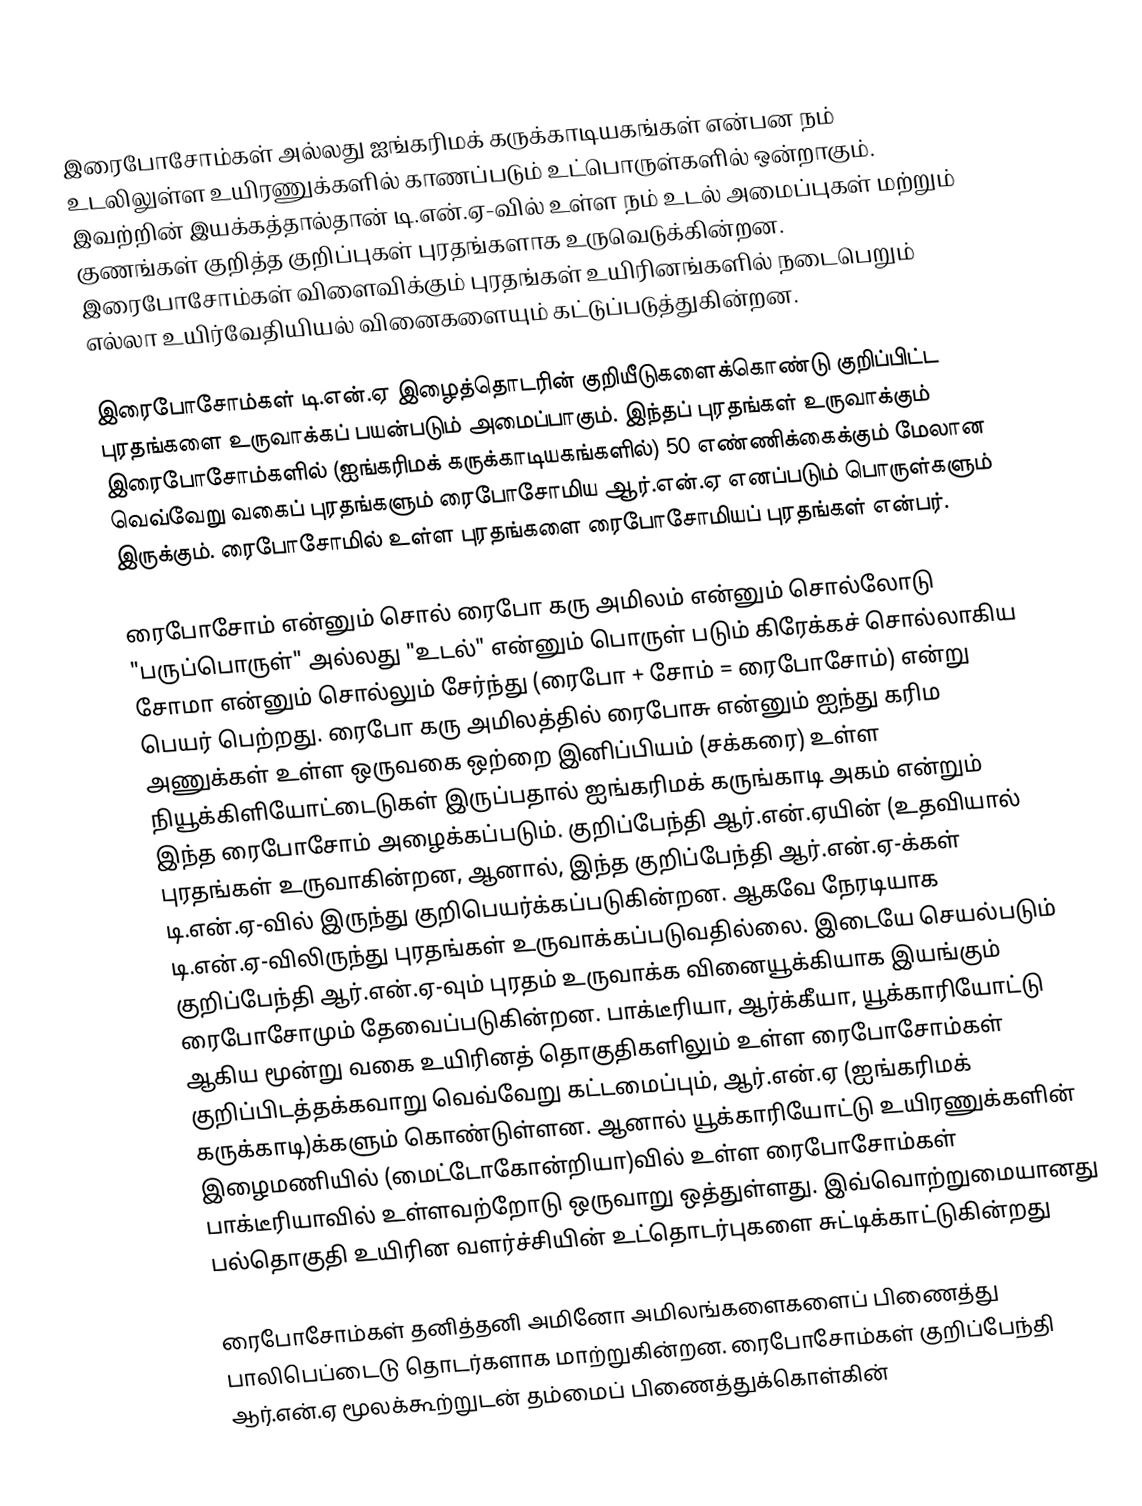
இரைபோசோம்கள் அல்லது ஐங்கரிமக் கருக்காடியகங்கள் என்பன நம் உடலிலுள்ள உயிரணுக்களில் காணப்படும் உட்பொருள்களில் ஒன்றாகும். இவற்றின் இயக்கத்தால்தான் டி.என்.ஏ-வில் உள்ள நம் உடல் அமைப்புகள் மற்றும் குணங்கள் குறித்த குறிப்புகள் புரதங்களாக உருவெடுக்கின்றன. இரைபோசோம்கள் விளைவிக்கும் புரதங்கள் உயிரினங்களில் நடைபெறும் எல்லா உயிர்வேதியியல் வினைகளையும் கட்டுப்படுத்துகின்றன.

இரைபோசோம்கள் டி.என்.ஏ இழைத்தொடரின் குறியீடுகளைக்கொண்டு குறிப்பிட்ட புரதங்களை உருவாக்கப் பயன்படும் அமைப்பாகும். இந்தப் புரதங்கள் உருவாக்கும் இரைபோசோம்களில் (ஐங்கரிமக் கருக்காடியகங்களில்) 50 எண்ணிக்கைக்கும் மேலான வெவ்வேறு வகைப் புரதங்களும் ரைபோசோமிய ஆர்.என்.ஏ எனப்படும் பொருள்களும் இருக்கும். ரைபோசோமில் உள்ள புரதங்களை ரைபோசோமியப் புரதங்கள் என்பர்.

ரைபோசோம் என்னும் சொல் ரைபோ கரு அமிலம் என்னும் சொல்லோடு "பருப்பொருள்" அல்லது "உடல்" என்னும் பொருள் படும் கிரேக்கச் சொல்லாகிய சோமா என்னும் சொல்லும் சேர்ந்து (ரைபோ + சோம் = ரைபோசோம்) என்று பெயர் பெற்றது. ரைபோ கரு அமிலத்தில் ரைபோசு என்னும் ஐந்து கரிம அணுக்கள் உள்ள ஒருவகை ஒற்றை இனிப்பியம் (சக்கரை) உள்ள நியூக்கிளியோட்டைடுகள் இருப்பதால் ஐங்கரிமக் கருங்காடி அகம் என்றும் இந்த ரைபோசோம் அழைக்கப்படும். குறிப்பேந்தி ஆர்.என்.ஏயின் (உதவியால் புரதங்கள் உருவாகின்றன, ஆனால், இந்த குறிப்பேந்தி ஆர்.என்.ஏ-க்கள் டி.என்.ஏ-வில் இருந்து குறிபெயர்க்கப்படுகின்றன. ஆகவே நேரடியாக டி.என்.ஏ-விலிருந்து புரதங்கள் உருவாக்கப்படுவதில்லை. இடையே செயல்படும் குறிப்பேந்தி ஆர்.என்.ஏ-வும் புரதம் உருவாக்க வினையூக்கியாக இயங்கும் ரைபோசோமும் தேவைப்படுகின்றன. பாக்டீரியா, ஆர்க்கீயா, யூக்காரியோட்டு ஆகிய மூன்று வகை உயிரினத் தொகுதிகளிலும் உள்ள ரைபோசோம்கள் குறிப்பிடத்தக்கவாறு வெவ்வேறு கட்டமைப்பும், ஆர்.என்.ஏ (ஐங்கரிமக் கருக்காடி)க்களும் கொண்டுள்ளன. ஆனால் யூக்காரியோட்டு உயிரணுக்களின் இழைமணியில் (மைட்டோகோன்றியா)வில் உள்ள ரைபோசோம்கள் பாக்டீரியாவில் உள்ளவற்றோடு ஒருவாறு ஒத்துள்ளது. இவ்வொற்றுமையானது பல்தொகுதி உயிரின வளர்ச்சியின் உட்தொடர்புகளை சுட்டிக்காட்டுகின்றது

ரைபோசோம்கள் தனித்தனி அமினோ அமிலங்களைகளைப் பிணைத்து பாலிபெப்டைடு தொடர்களாக மாற்றுகின்றன. ரைபோசோம்கள் குறிப்பேந்தி ஆர்.என்.ஏ மூலக்கூற்றுடன் தம்மைப் பிணைத்துக்கொள்கின்